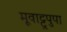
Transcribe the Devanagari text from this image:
मूवाट्टुपुपा